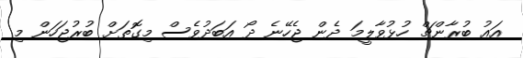
އައު ބުރާންޗް ހުޅުވާލީމަ ދެން ޖެހޭނެ ދޯ އަބަދުވެސް މިގޮތަށް ބުރުޖަހަން މި